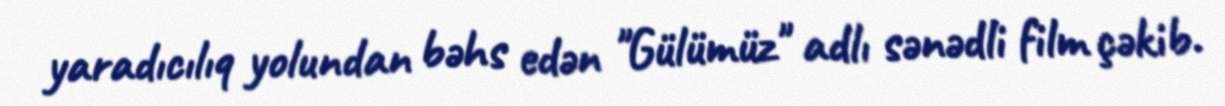
yaradıcılıq yolundan bəhs edən "Gülümüz" adlı sənədli film çəkib.